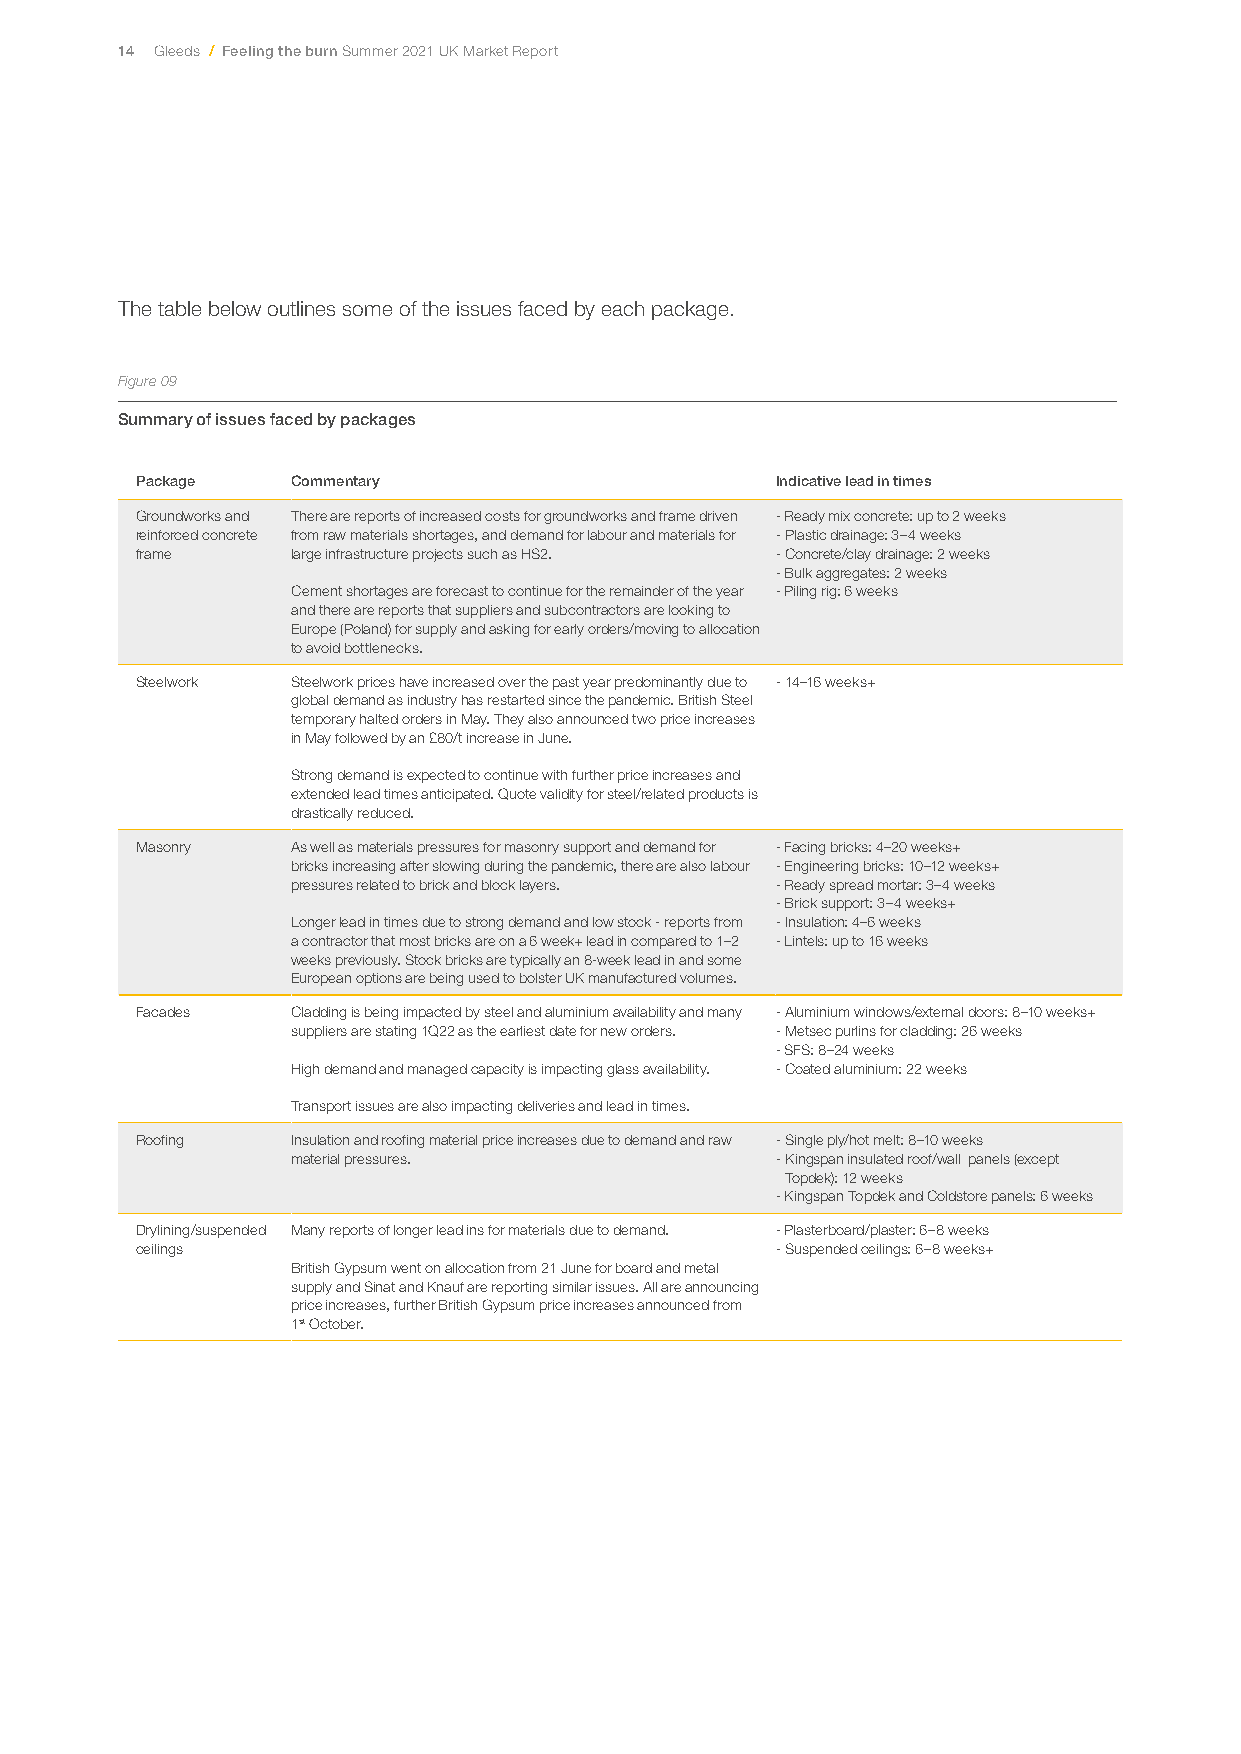
14 Gleeds / Feeling the burn Summer 2021 UK Market Report
 The table below outlines some of the issues faced by each package.
 Figure 09
 Summary of issues faced by packages
 Package   Commentary                      Indicative lead in times
 Groundworks and There are reports of increased costs for groundworks and frame driven - Ready mix concrete: up to 2 weeks
 reinforced concrete from raw materials shortages, and demand for labour and materials for - Plastic drainage: 3–4 weeks
 frame     large infrastructure projects such as HS2. - Concrete/clay drainage: 2 weeks
 - Bulk aggregates: 2 weeks
 Cement shortages are forecast to continue for the remainder of the year - Piling rig: 6 weeks
 and there are reports that suppliers and subcontractors are looking to
 Europe (Poland) for supply and asking for early orders/moving to allocation
 to avoid bottlenecks.
 Steelwork Steelwork prices have increased over the past year predominantly due to - 14–16 weeks+
 global demand as industry has restarted since the pandemic. British Steel
 temporary halted orders in May. They also announced two price increases
 in May followed by an £80/t increase in June.
 Strong demand is expected to continue with further price increases and
 extended lead times anticipated. Quote validity for steel/related products is
 drastically reduced.
 Masonry   As well as materials pressures for masonry support and demand for - Facing bricks: 4–20 weeks+
 bricks increasing after slowing during the pandemic, there are also labour - Engineering bricks: 10–12 weeks+
 pressures related to brick and block layers. - Ready spread mortar: 3–4 weeks
 - Brick support: 3–4 weeks+
 Longer lead in times due to strong demand and low stock - reports from - Insulation: 4–6 weeks
 a contractor that most bricks are on a 6 week+ lead in compared to 1–2 - Lintels: up to 16 weeks
 weeks previously. Stock bricks are typically an 8-week lead in and some
 European options are being used to bolster UK manufactured volumes.
 Facades   Cladding is being impacted by steel and aluminium availability and many - Aluminium windows/external doors: 8–10 weeks+
 suppliers are stating 1Q22 as the earliest date for new orders. - Metsec purlins for cladding: 26 weeks
 - SFS: 8–24 weeks
 High demand and managed capacity is impacting glass availability. - Coated aluminium: 22 weeks
 Transport issues are also impacting deliveries and lead in times.
 Roofing   Insulation and roofing material price increases due to demand and raw - Single ply/hot melt: 8–10 weeks
 material pressures.             - Kingspan insulated roof/wall panels (except
 Topdek): 12 weeks
 - Kingspan Topdek and Coldstore panels: 6 weeks
 Drylining/suspended Many reports of longer lead ins for materials due to demand. - Plasterboard/plaster: 6–8 weeks
 ceilings                                  - Suspended ceilings: 6–8 weeks+
 British Gypsum went on allocation from 21 June for board and metal
 supply and Sinat and Knauf are reporting similar issues. All are announcing
 price increases, further British Gypsum price increases announced from
 1st October.